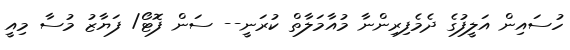
ހުސައިން އަލީފުގެ ދެމެފިރިންނާ މުއާމަލާތް ކުރަނީ-- ސަން ފޮޓޯ/ ފަޔާޒު މުސާ މިއީ